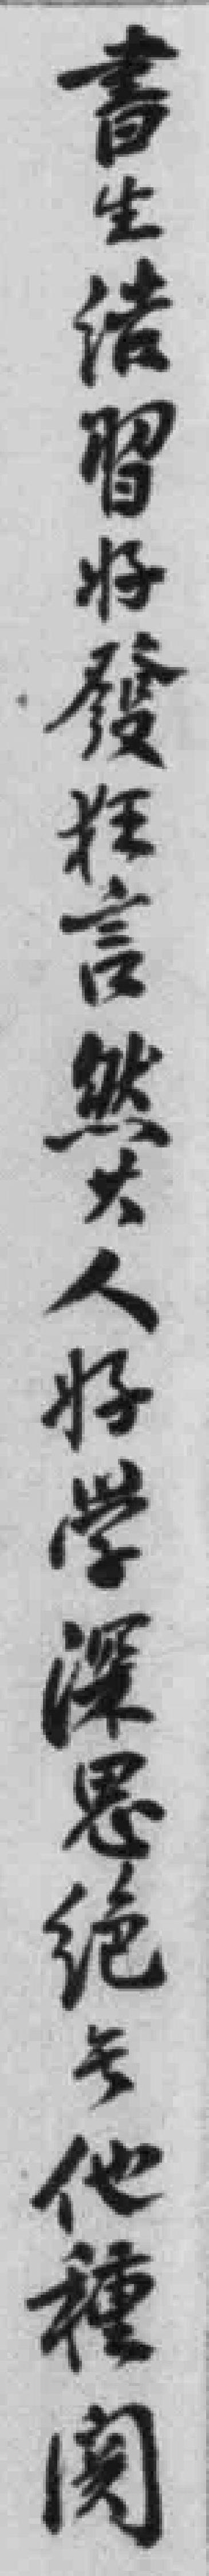
書生*習好發狂言然其人好学深思絕無他種関